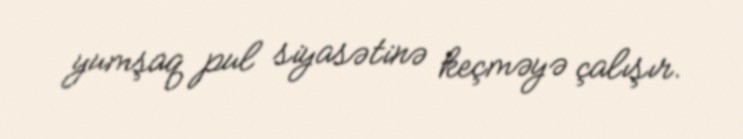
yumşaq pul siyasətinə keçməyə çalışır.